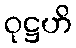
ဝုဋ္ဌဟိ